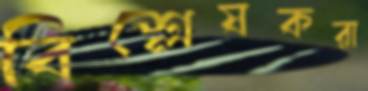
বিশ্লেষকরা